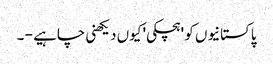
پاکستانیوں کو 'ہچکی' کیوں دیکھنی چاہیے - ۔